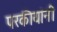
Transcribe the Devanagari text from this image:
परकीयांनी